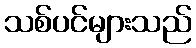
သစ်ပင်များသည်